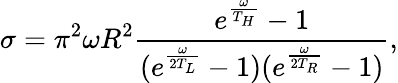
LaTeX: \sigma=\pi^{2}\omega R^{2}\frac{e^{\frac{\omega}{T_{H}}}-1}{(e^{\frac{\omega}{2T_{L}}}-1)(e^{\frac{\omega}{2T_{R}}}-1)},